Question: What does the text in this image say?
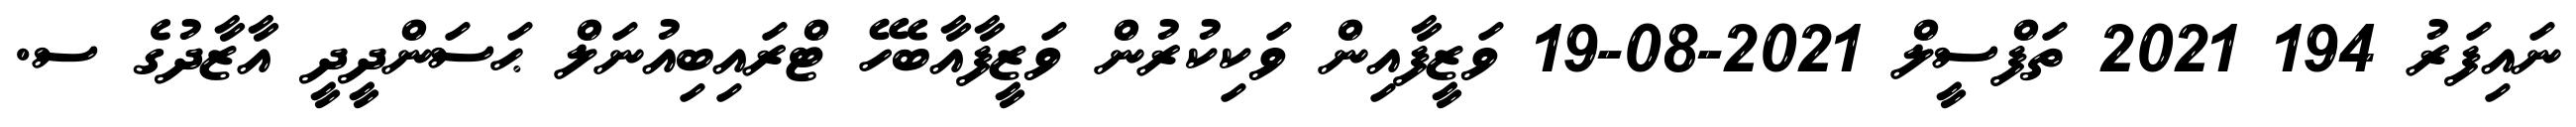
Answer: ނައިފަރު 194 2021 ތަފްސީލް 2021-08-19 ވަޒީފާއިން ވަކިކުރުން ވަޒީފާއާބެހޭ ޓްރައިބިއުނަލް ޙަސަންދީދީ އާޒާދުގެ ސ.